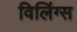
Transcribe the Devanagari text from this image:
विलिंग्स